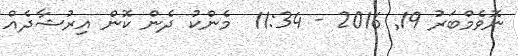
ނޮވެމްބަރު 19